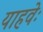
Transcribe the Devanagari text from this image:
याहवेः